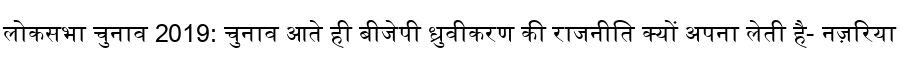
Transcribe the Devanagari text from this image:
लोकसभा चुनाव 2019: चुनाव आते ही बीजेपी ध्रुवीकरण की राजनीति क्यों अपना लेती है- नज़रिया